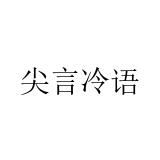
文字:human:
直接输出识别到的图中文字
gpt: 尖言冷语